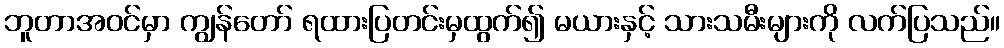
ဘူတာအဝင်မှာ ကျွန်တော် ရထားပြတင်းမှထွက်၍ မယားနှင့် သားသမီးများကို လက်ပြသည်။